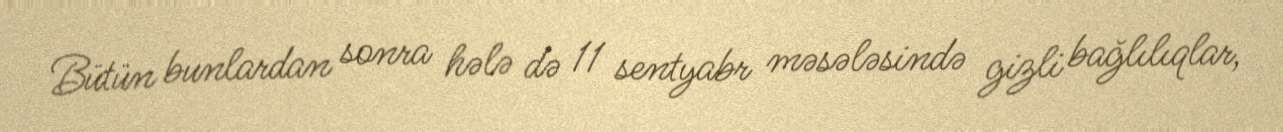
Bütün bunlardan sonra hələ də 11 sentyabr məsələsində gizli bağlılıqlar,